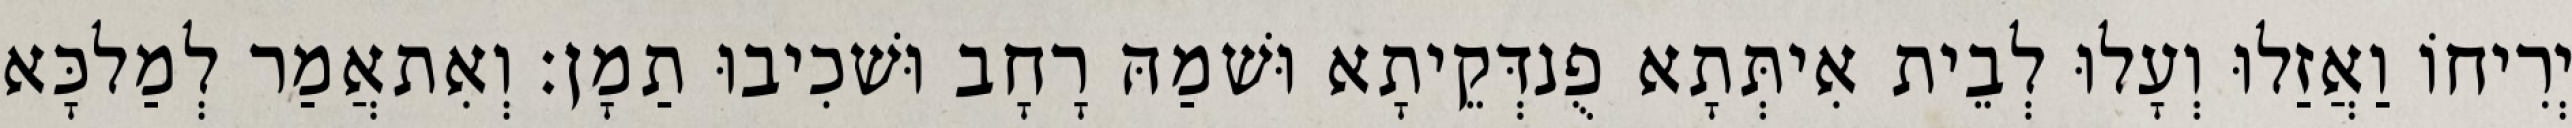
יְרִיחוֹ וַאֲזַלוּ וְעָלוּ לְבֵית אִיתְּתָא פֻנדְּקֵיתָא וּשׁמַהּ רָחָב וּשׁכִיבוּ תַמָן׃ וְאִתאֲמַר לְמַלכָּא